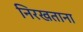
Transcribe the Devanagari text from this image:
निरखताना